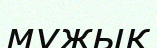
мұжық